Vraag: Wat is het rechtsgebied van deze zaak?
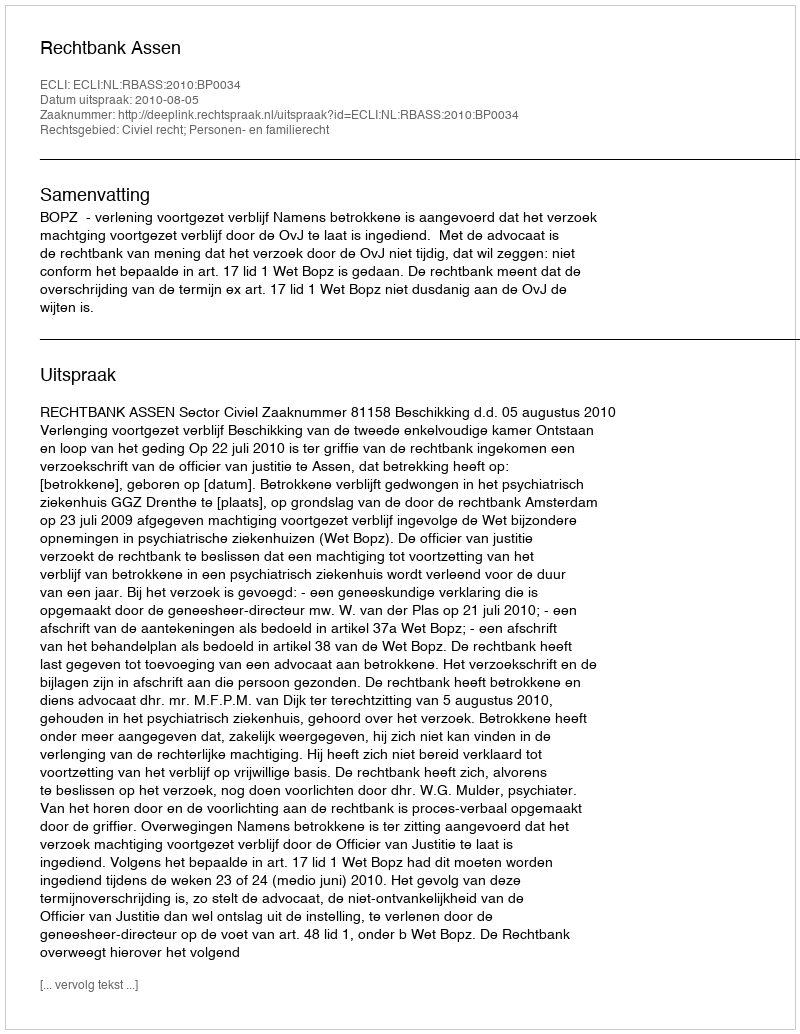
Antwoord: Civiel recht; Personen- en familierecht